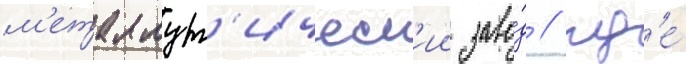
м'еталлург'ическ'ии заво́д / гд'е́